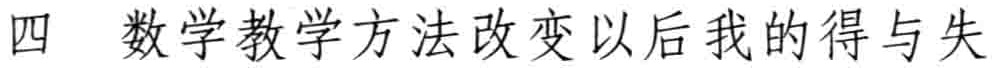
四 数学教学方法改变以后我的得与失